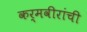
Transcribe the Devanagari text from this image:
कर्मवीरांची